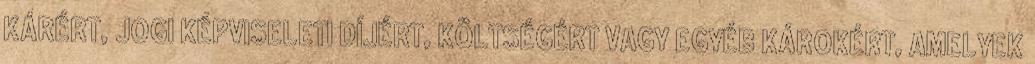
KÁRÉRT, JOGI KÉPVISELETI DÍJÉRT, KÖLTSÉGÉRT VAGY EGYÉB KÁROKÉRT, AMELYEK